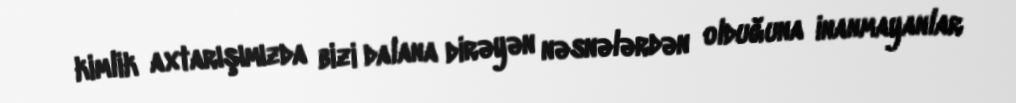
kimlik axtarışımızda bizi dalana dirəyən nəsnələrdən olduğuna inanmayanlar